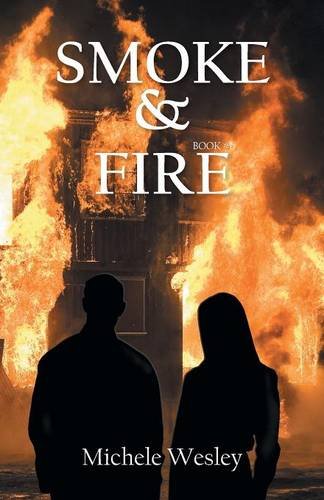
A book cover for Smoke & Fire: Book #1; Michele Wesley; Romance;